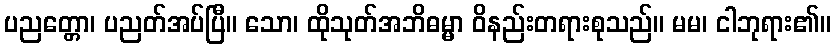
ပညတ္တော၊ ပညတ်အပ်ပြီ။ သော၊ ထိုသုတ်အဘိဓမ္မာ ဝိနည်းတရားစုသည်။ မမ၊ ငါဘုရား၏။